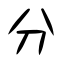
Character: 分